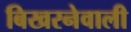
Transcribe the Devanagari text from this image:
बिखरनेवाली